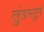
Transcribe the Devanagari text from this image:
लुंडस्ट्राॅ